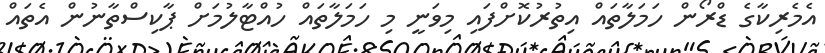
އެމެރިކާގެ ޑްރޯން ހަމަލާތައް އިތުރުކޮށްފައި މިވަނީ މި ހަމަލާތައް ހުއްޓާލުމަށް ޕާކިސްތާނުން އެތައް